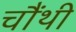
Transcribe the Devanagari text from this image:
चौंथी